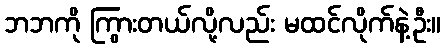
ဘဘကို ကြွားတယ်လို့လည်း မထင်လိုက်နဲ့ဦး။